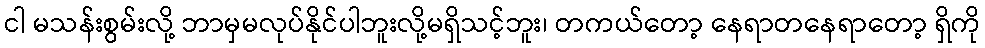
ငါ မသန်းစွမ်းလို့ ဘာမှမလုပ်နိုင်ပါဘူးလို့မရှိသင့်ဘူး၊ တကယ်တော့ နေရာတနေရာတော့ ရှိကို